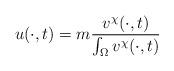
LaTeX: \begin{align*}u(\cdot,t) = m \frac{v^\chi(\cdot,t)}{\int_\Omega v^\chi(\cdot,t)} \end{align*}